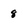
Character: 8